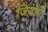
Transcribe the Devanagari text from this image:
जियोर्ग